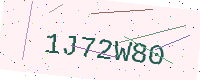
Text: 1J72W80